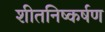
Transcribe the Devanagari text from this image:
शीतनिष्कर्षण